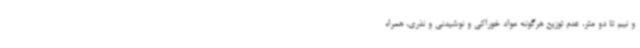
و نیم تا دو متر، عدم توزیع هرگونه مواد خوراکی و نوشیدنی و نذری، همراه